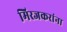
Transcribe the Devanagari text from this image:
मिरजकरांना